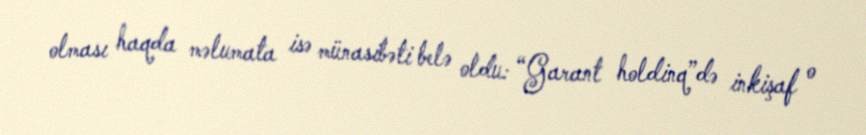
olması haqda məlumata isə münasibəti belə oldu: “Garant holdinq”də inkişaf o